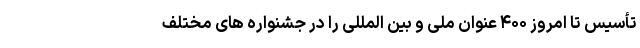
تأسیس تا امروز ۴۰۰ عنوان ملی و بین المللی را در جشنواره های مختلف